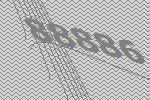
88886